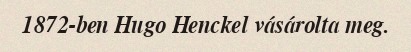
1872-ben Hugo Henckel vásárolta meg.